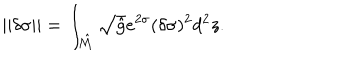
| | \delta \sigma | | = \int _ { \hat { \cal M } } \sqrt { \hat { g } } e ^ { 2 \sigma } ( \delta \sigma ) ^ { 2 } d ^ { 2 } z .